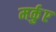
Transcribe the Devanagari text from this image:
मर्कुए